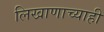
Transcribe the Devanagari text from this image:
लिखाणाच्याही